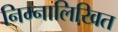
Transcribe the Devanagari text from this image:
निम्नालिखित